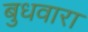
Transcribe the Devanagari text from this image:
बुधवारा